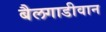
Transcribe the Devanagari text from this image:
बैलगाडीवान